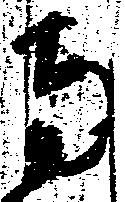
南